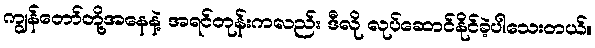
ကျွန်တော်တို့အနေနဲ့ အရင်တုန်းကလည်း ဒီလို လုပ်ဆောင်နိုင်ခဲ့ပါသေးတယ်။